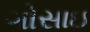
ગોસાઇ